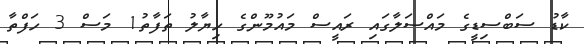
ކާޑު ސަބްސިޑީގެ މައްސަލާގައި ރައީސް މައުމޫންގެ ހިޔާލު ތަފާތު1 މަސް 3 ހަފްތާ